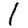
Digit: 1